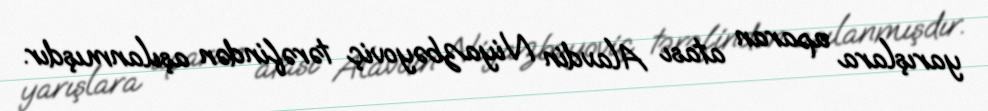
yarışlara aparan atası Alavdin Niyazbəyoviç tərəfindən aşılanmışdır.